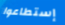
إستطاعوا